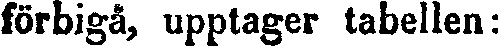
förbigå, upptager tabellen: